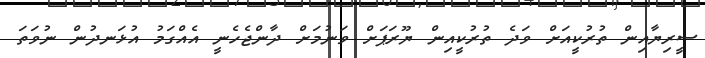
ސީރިޔާއިން ތުރުކީއަށް ވަދެ ތުރުކީއިން ޔޫރަޕަށް ވަނުމަށް ދާންޖެހެނީ އެއްގަމު އުޅަނދުން ނުވަތަ